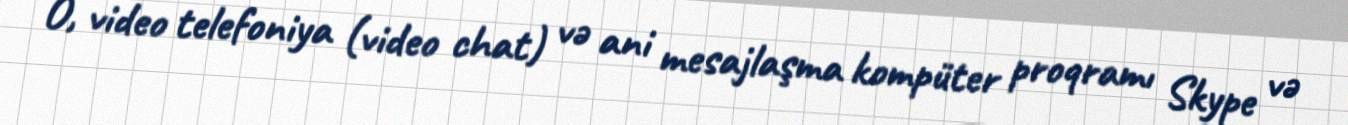
O, video telefoniya (video chat) və ani mesajlaşma kompüter proqramı Skype və